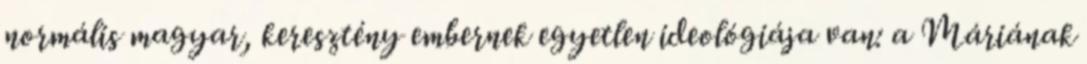
normális magyar, keresztény embernek egyetlen ideológiája van: a Máriának